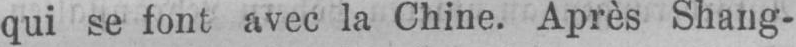
qui se font avec la Chine. Après Shang-